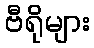
ဗီရိုများ